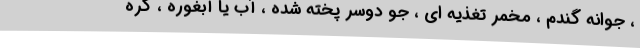
، جوانه گندم ، مخمر تغذیه ای ، جو دوسر پخته شده ، آب یا آبغوره ، کره